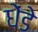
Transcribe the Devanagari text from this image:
धेंडे